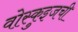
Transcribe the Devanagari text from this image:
वोस्कुइजची